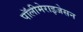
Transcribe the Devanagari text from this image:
पॉलीमेराइजेसन